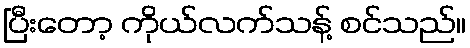
ပြီးတော့ ကိုယ်လက်သန့် စင်သည်။